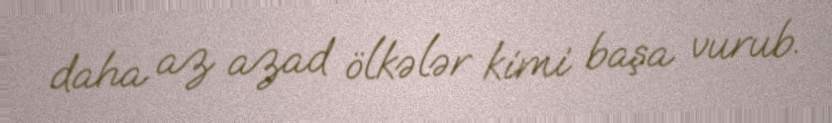
daha az azad ölkələr kimi başa vurub.